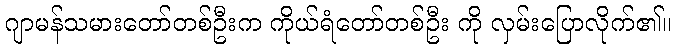
ဂျာမန်သမားတော်တစ်ဦးက ကိုယ်ရံတော်တစ်ဦး ကို လှမ်းပြောလိုက်၏။